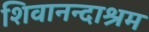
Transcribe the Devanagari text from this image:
शिवानन्दाश्रम